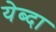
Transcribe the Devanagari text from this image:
येब्दा